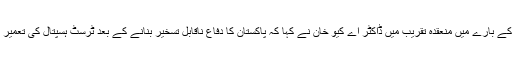
ڈاکٹر اے کیو خان ٹرسٹ ہسپتال کے بارے میں منعقدہ تقریب میں ڈاکٹر اے کیو خان نے کہا کہ پاکستان کا دفاع ناقابل تسخیر بنانے کے بعد ٹرسٹ ہسپتال کی تعمیر میرے ایک خواب کی تکمیل ہے۔